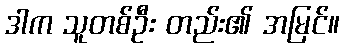
ဒါက သူတစ်ဦး တည်း၏ အမြင်။